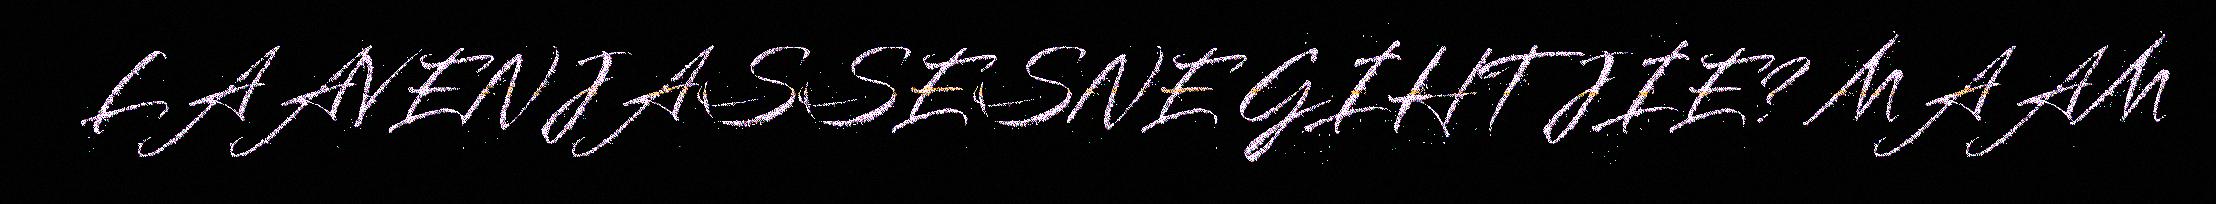
LAAVENJASSESNE GIHTJIE? MAAM